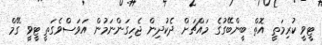
ޓީވީ ކުރިމަތީ އޮތް ބީންބޭގުގެ މައްޗަށް ދެކުދިން ޖެހިގަންނަމުން އަވަސްވެގަތީ ޓީވީ ގޭމް